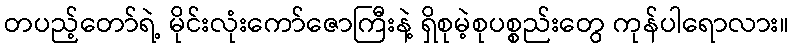
တပည့်တော်ရဲ့ မိုင်းလုံးကော်ဇောကြီးနဲ့ ရှိစုမဲ့စုပစ္စည်းတွေ ကုန်ပါရောလား။